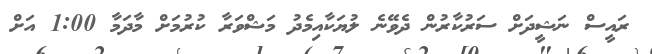
ރައީސް ނަޝީދަށް ސަރުކާރުން ދެވޭނެ ލުޔަކާއިމެދު މަޝްވަރާ ކުރުމަށް މާދަމާ 1:00 އަށް